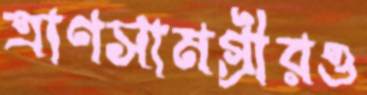
ত্রাণসামগ্রীরও